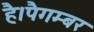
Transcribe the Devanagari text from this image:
है।पैगम्बर